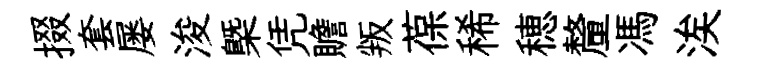
掇套屡浚㮣凭贍叛葆稀穂釐馮涘